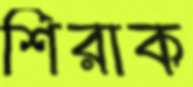
শিরাক